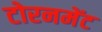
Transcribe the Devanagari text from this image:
टोरनमेंट